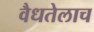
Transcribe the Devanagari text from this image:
वैधतेलाच